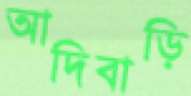
আদিবাড়ি